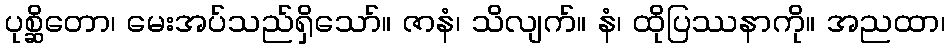
ပုစ္ဆိတော၊ မေးအပ်သည်ရှိသော်။ ဇာနံ၊ သိလျက်။ နံ၊ ထိုပြဿနာကို။ အညထာ၊